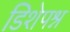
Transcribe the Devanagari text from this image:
डिशेपश्न